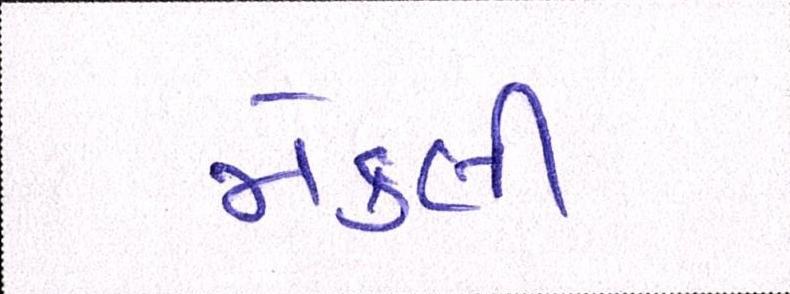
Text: મેકલી